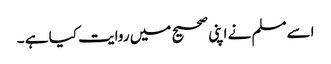
اسےمسلم نے اپنی صحیح میں روایت کیا ہے ۔